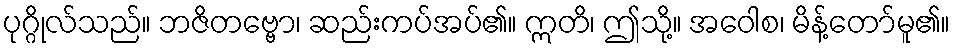
ပုဂ္ဂိုလ်သည်။ ဘဇိတဗ္ဗော၊ ဆည်းကပ်အပ်၏။ ဣတိ၊ ဤသို့။ အဝေါစ၊ မိန့်တော်မူ၏။